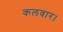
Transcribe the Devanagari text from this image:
कलवार।